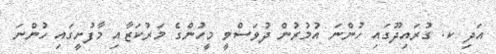
އަދި ކ. ގުރައިދޫގައި ހުންނަ އުމުރުން ދުވަސްވީ މީހުންގެ މަރުކަޒާއި މާފުށީގައި ހުންނަ